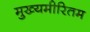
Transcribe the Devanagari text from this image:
मुख्यमीरितम